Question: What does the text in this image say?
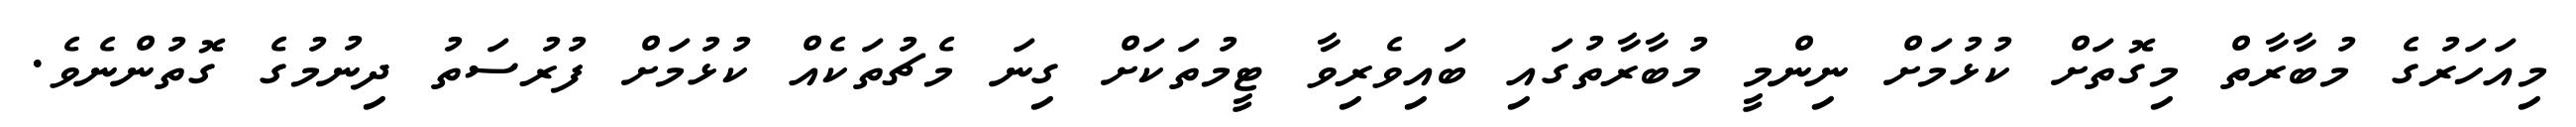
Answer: މިއަހަރުގެ މުބާރާތް މިގޮތަށް ކުޅުމަށް ނިންމީ މުބާރާތުގައި ބައިވެރިވާ ޓީމުތަކަށް ގިނަ މެޗުތަކެއް ކުޅުމަށް ފުރުސަތު ދިނުމުގެ ގޮތުންނެވެ.